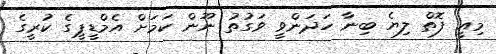
މިއީ ފޮތް ލިޔެ ބިނާ ހަދަންވީ ވަގުތު ނޫން ކަމަށް އެމްޑީޕީގެ ކުރީގެ